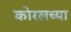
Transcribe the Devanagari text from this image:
काेरलच्या